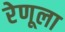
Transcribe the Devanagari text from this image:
रेणूला